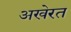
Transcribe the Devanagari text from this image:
अखेरत